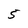
Character: 5